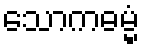
သောကဓမ္မံ